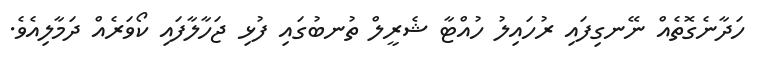
ހަދާނެގޮތެއް ނޭނގިފައި ރުހައިލު ހުއްޓާ ޝެރީލް ތުނބުގައި ފުޅި ޖަހާލާފައި ކޯވަރެއް ދަމާލިއެވެ.